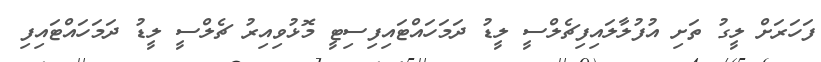
ފަހަރަށް ލީގު ތަށި އުފުލާލައިފިޗެލްސީ ލީޑު ދަމަހައްޓައިފިސިޓީ މޮޅުވިއިރު ޗެލްސީ ލީޑު ދަމަަހައްޓައިފި